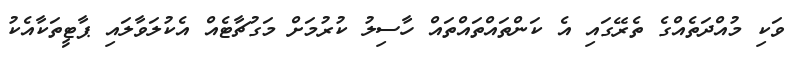
ވަކި މުއްދަތެއްގެ ތެރޭގައި އެ ކަންތައްތައްތައް ހާސިލު ކުރުމަށް މަގުޗާޓެއް އެކުލަވާލައި ޕާޓީތަކާއެކު